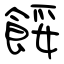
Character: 餒